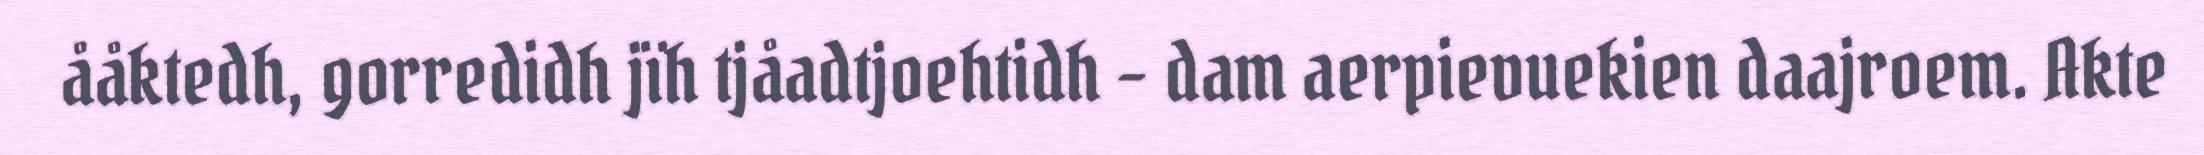
ååktedh, gorredidh jïh tjåadtjoehtidh – dam aerpievuekien daajroem. Akte